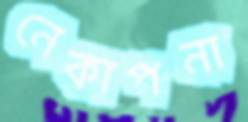
নেকাপনা